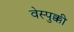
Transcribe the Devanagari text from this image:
वेस्पुक्की